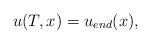
LaTeX: \begin{align*} u(T,x) = u_{end}(x),\end{align*}